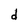
Character: d